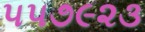
૫૫૭૯૨૩